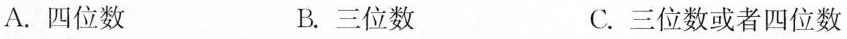
A.四位数 B.三位数 C.三位数或者四位数